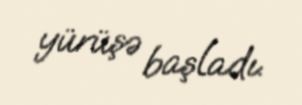
yürüşə başladı.